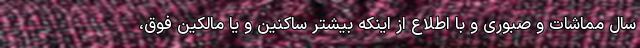
سال مماشات و صبوری و با اطلاع از اینکه بیشتر ساکنین و یا مالکین فوق،